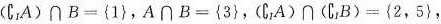
$$(C_{I}A)\cap B=\left\{ 1\right\}$$，$$A\cap B=\left\{ 3\right\}，(C_{I}A)\cap (C_{I}B)=\left\{ 2,5\right\}，